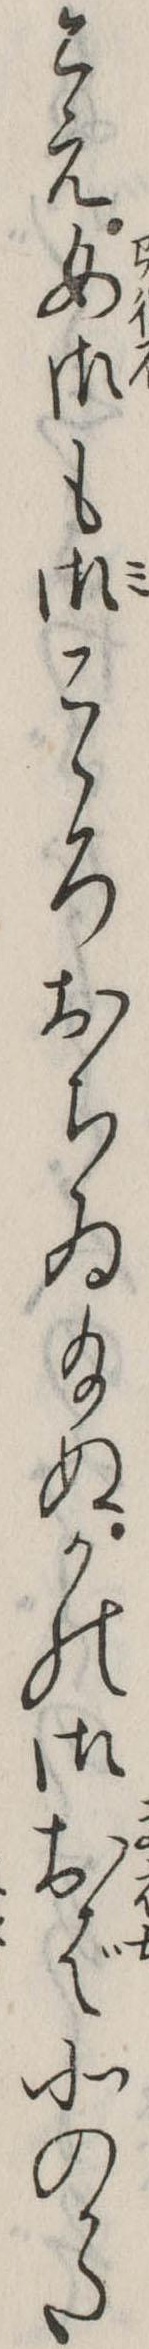
こえ女御も御こゝろおちゐ給ぬかの御おば北のかた